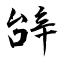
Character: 辝